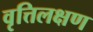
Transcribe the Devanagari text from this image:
वृत्तिलक्षण